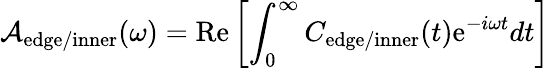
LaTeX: \mathcal{A}_{\mathrm{edge/inner}}(\omega)=\textrm{Re}\left[\int_{0}^{\infty}C_{\mathrm{edge/inner}}(t)\mathrm{e}^{-i\omega t}dt\right]